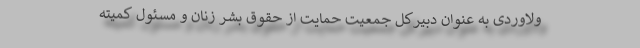
ولاوردی به عنوان دبیرکل جمعیت حمایت از حقوق بشر زنان و مسئول کمیته